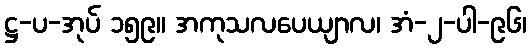
ဋ္ဌ-ပ-အုပ် ၁၅၉။ အကုသလပေယျာလ၊ အံ-၂-ပါ-၉၆၊